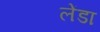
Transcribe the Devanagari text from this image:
लेंडा